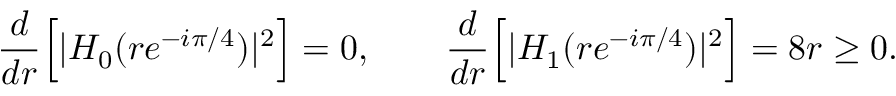
\frac { d } { d r } \Big [ | H _ { 0 } ( r e ^ { - i \pi / 4 } ) | ^ { 2 } \Big ] = 0 , \qquad \frac { d } { d r } \Big [ | H _ { 1 } ( r e ^ { - i \pi / 4 } ) | ^ { 2 } \Big ] = 8 r \geq 0 .